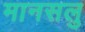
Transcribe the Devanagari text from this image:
मानसलु